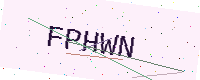
Text: FPHWN